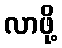
လာဖို့